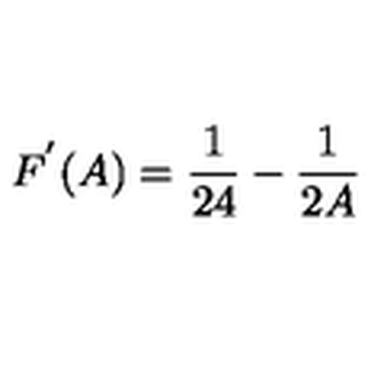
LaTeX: F ^ { ' } ( A ) = \frac { 1 } { 2 4 } - \frac { 1 } { 2 A }